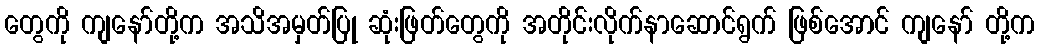
တွေကို ကျနော်တို့က အသိအမှတ်ပြု ဆုံးဖြတ်တွေကို အတိုင်းလိုက်နာဆောင်ရွက် ဖြစ်အောင် ကျနော် တို့က